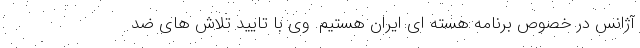
آژانس در خصوص برنامه هسته ای ایران هستیم. وی با تایید تلاش های ضد